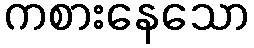
ကစားနေသော